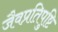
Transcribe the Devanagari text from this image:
जैवप्रतिपुष्टि